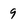
Character: 9